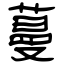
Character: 蔓